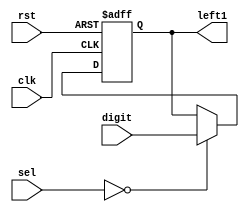
`timescale 1ns / 1ps
//////////////////////////////////////////////////////////////////////////////////
// Company: 
// Engineer: 
// 
// Design Name: 
// Module Name: left1_memory
// Project Name: 
// Target Devices: 
// Tool Versions: 
// Description: 
// 
// Dependencies: 
// 
// Revision:
// Revision 0.01 - File Created
// Additional Comments:
// 
//////////////////////////////////////////////////////////////////////////////////


module left1_memory(clk, rst, digit, sel, left1);
    input clk, rst;
    input [3:0] digit;
    input [3:0] sel;
    output [3:0] left1;
    
    reg [3:0] left1_next;
    reg [3:0] left1;
    
    always @* begin
        if(sel == 4'b0000) 
            left1_next = digit;
        else 
            left1_next = left1;
    end
    
    always @(posedge clk or negedge rst) begin
        if(~rst)
            left1 <= 4'b0;
        else 
            left1 <= left1_next;
    end
endmodule